Regulations for the medical services of the Army of India
Year: 1930
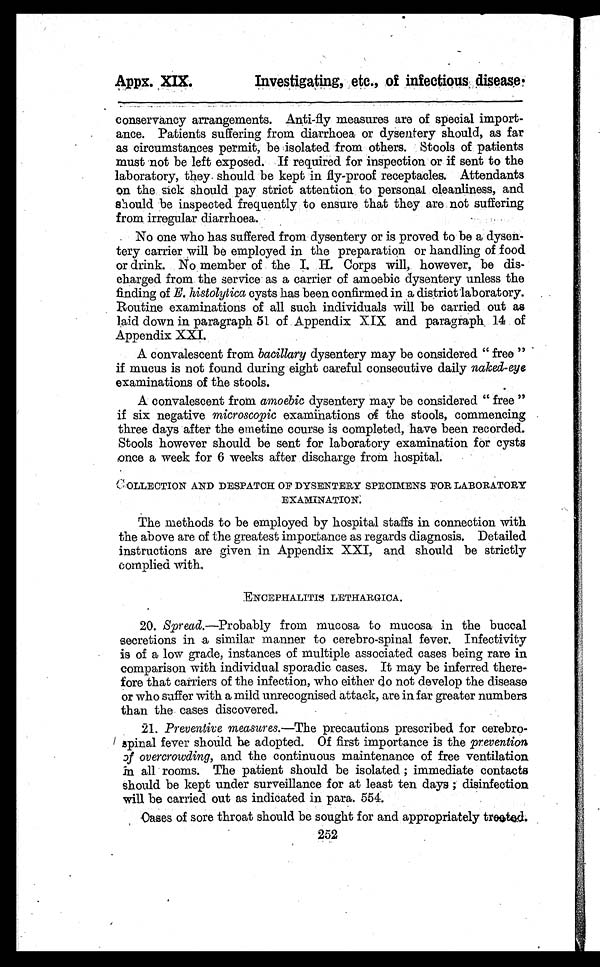
Appx. XIX.
Investigating, etc., of infectious disease.
conservancy arrangements. Anti-fly measures are of special import-
ance. Patients suffering from diarrhoea or dysentery should, as far
as circumstances permit, be isolated from others. Stools of patients
must not be left exposed. If required for inspection or if sent to the
laboratory, they should be kept in fly-proof receptacles. Attendants
on the sick should pay strict attention to personal cleanliness, and
should be inspected frequently to ensure that they are not suffering
from irregular diarrhoea.
No one who has suffered from dysentery or is proved to be a dysen-
tery carrier will be employed in the preparation or handling of food
or drink. No member of the I. H. Corps will, however, be dis-
charged from the service as a carrier of amoebic dysentery unless the
finding of E. histolytica cysts has been confirmed in a district laboratory.
Routine examinations of all such individuals will be carried out as
laid down in paragraph 51 of Appendix XIX and paragraph 14 of
Appendix XXI.
A convalescent from bacillary dysentery may be considered " free "
if mucus is not found during eight careful consecutive daily naked-eye
examinations of the stools.
A convalescent from amoebic dysentery may be considered " free "
if six negative microscopic examinations of the stools, commencing
three days after the emetine course is completed, have been recorded.
Stools however should be sent for laboratory examination for cysts
once a week for 6 weeks after discharge from hospital.
COLLECTION AND DESPATCH OF DYSENTERY SPECIMENS FOR LABORATORY
EXAMINATION.
The methods to be employed by hospital staffs in connection with
the above are of the greatest importance as regards diagnosis. Detailed
instructions are given in Appendix XXI, and should be strictly
complied with,
ENCEPHALITIS LETHARGICA.
20. Spread.—Probably from mucosa to mucosa in the buccal
secretions in a similar manner to cerebro-spinal fever. Infectivity
is of a low grade, instances of multiple associated cases being rare in
comparison with individual sporadic cases. It may be inferred there-
fore that carriers of the infection, who either do not develop the disease
or who suffer with a mild unrecognised attack, are in far greater numbers
than the cases discovered.
21. Preventive measures. —The precautions prescribed for cerebro-
spinal fever should be adopted. Of first importance is the prevention
of overcrowding, and the continuous maintenance of free ventilation
in all rooms. The patient should be isolated ; immediate contacts
should be kept under surveillance for at least ten days ; disinfection
will be carried out as indicated in para. 554.
Oases of sore throat should be sought for and appropriately treeted.
252